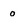
Character: 0